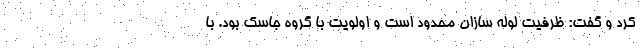
کرد و گفت: ظرفیت لوله سازان محدود است و اولویت با گروه جاسک بود. با